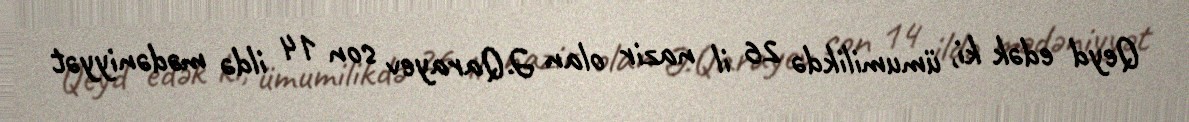
Qeyd edək ki, ümumilikdə 26 il nazir olan Ə.Qarayev son 14 ildə mədəniyyət